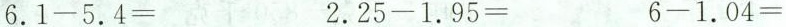
$$6.1-5.4=$$ $$2.25-1.95=$$ $$6-1.04=$$